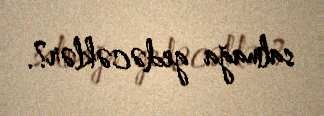
salmağa gedəcəklər?.